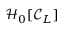
\mathcal { H } _ { 0 } [ \mathcal { C } _ { L } ]